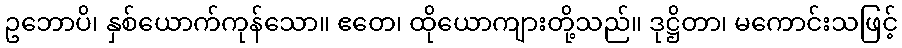
ဥဘောပိ၊ နှစ်ယောက်ကုန်သော။ ဧတေ၊ ထိုယောကျားတို့သည်။ ဒုဋ္ဌိတာ၊ မကောင်းသဖြင့်